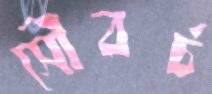
সৌবর্চ